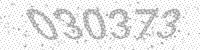
Solution: 030373